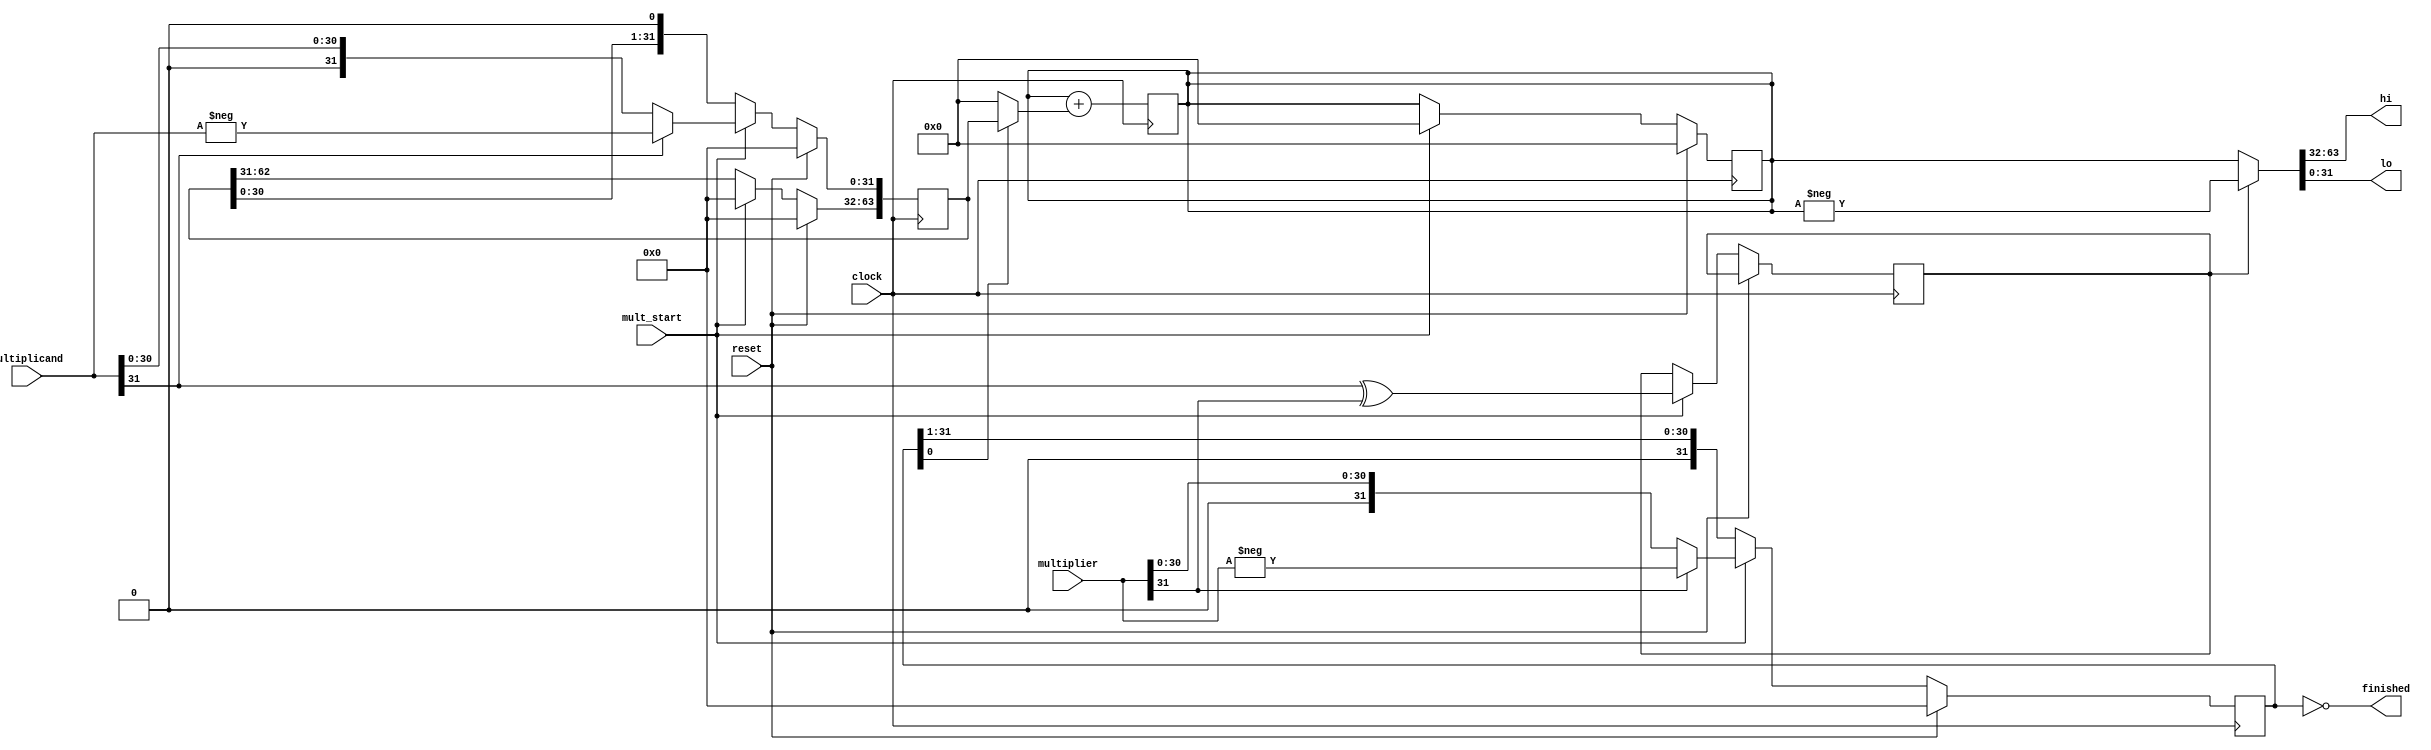
module Mult (
    input wire clock,
    input wire reset,
    input wire mult_start,
    input wire [31:0] multiplicand,
    input wire [31:0] multiplier,
    output wire finished,
    output wire [31:0] hi,
    output wire [31:0] lo
);

reg [63:0] product, shift_left;
reg [31:0] shift_right;
reg sign;
wire [63:0] abs;

assign abs = (sign ? -product : product);
assign hi = abs[63:32];
assign lo = abs[31:0];
assign finished = shift_right == 0;

// finished and mult_start are triggered on posedge
always @(posedge clock) begin
    if (reset) begin
        product <= 0;
        shift_left <= 0;
        shift_right <= 0;
    end else if (mult_start) begin
        product <= 0;
        shift_left[31:0] <= multiplicand[31] ? -multiplicand : multiplicand;
        shift_left[63:32] <= 32'b0;
        shift_right <= multiplier[31] ? -multiplier : multiplier;
        sign <= multiplicand[31] ^ multiplier[31];
    end else begin
        shift_left <= shift_left << 1;
        shift_right <= shift_right >> 1;
    end
end

always @(negedge clock) begin
    product <= product + (shift_right[0] ? shift_left : 0);
end

endmodule